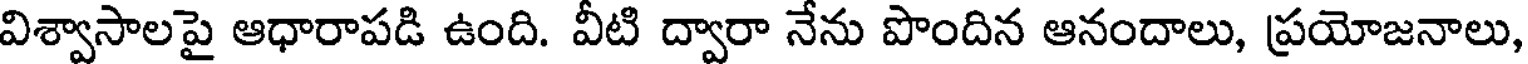
విశ్వాసాలపై ఆధారాపడి ఉంది. వీటి ద్వారా నేను పొందిన ఆనందాలు, ప్రయోజనాలు,